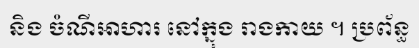
និង ចំណីអាហារ នៅក្នុង រាងកាយ ។ ប្រព័ន្ធ